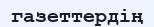
газеттердің